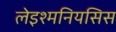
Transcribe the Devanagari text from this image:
लेइश्मनियसिस